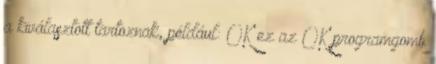
a kiválasztott tartoznak, például: OK ez az OK programgomb